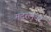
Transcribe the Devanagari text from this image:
मदरलवर